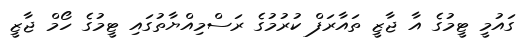
ގައުމީ ޓީމުގެ އާ ޖާޒީ ތައާރަފް ކުރުމުގެ ރަސްމިއްޔާތުގައި ޓީމުގެ ހޯމް ޖާޒީ